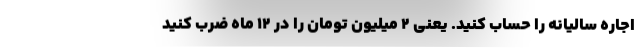
اجاره سالیانه را حساب کنید. یعنی ۲ میلیون تومان را در ۱۲ ماه ضرب کنید